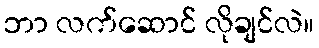
ဘာ လက်ဆောင် လိုချင်လဲ။